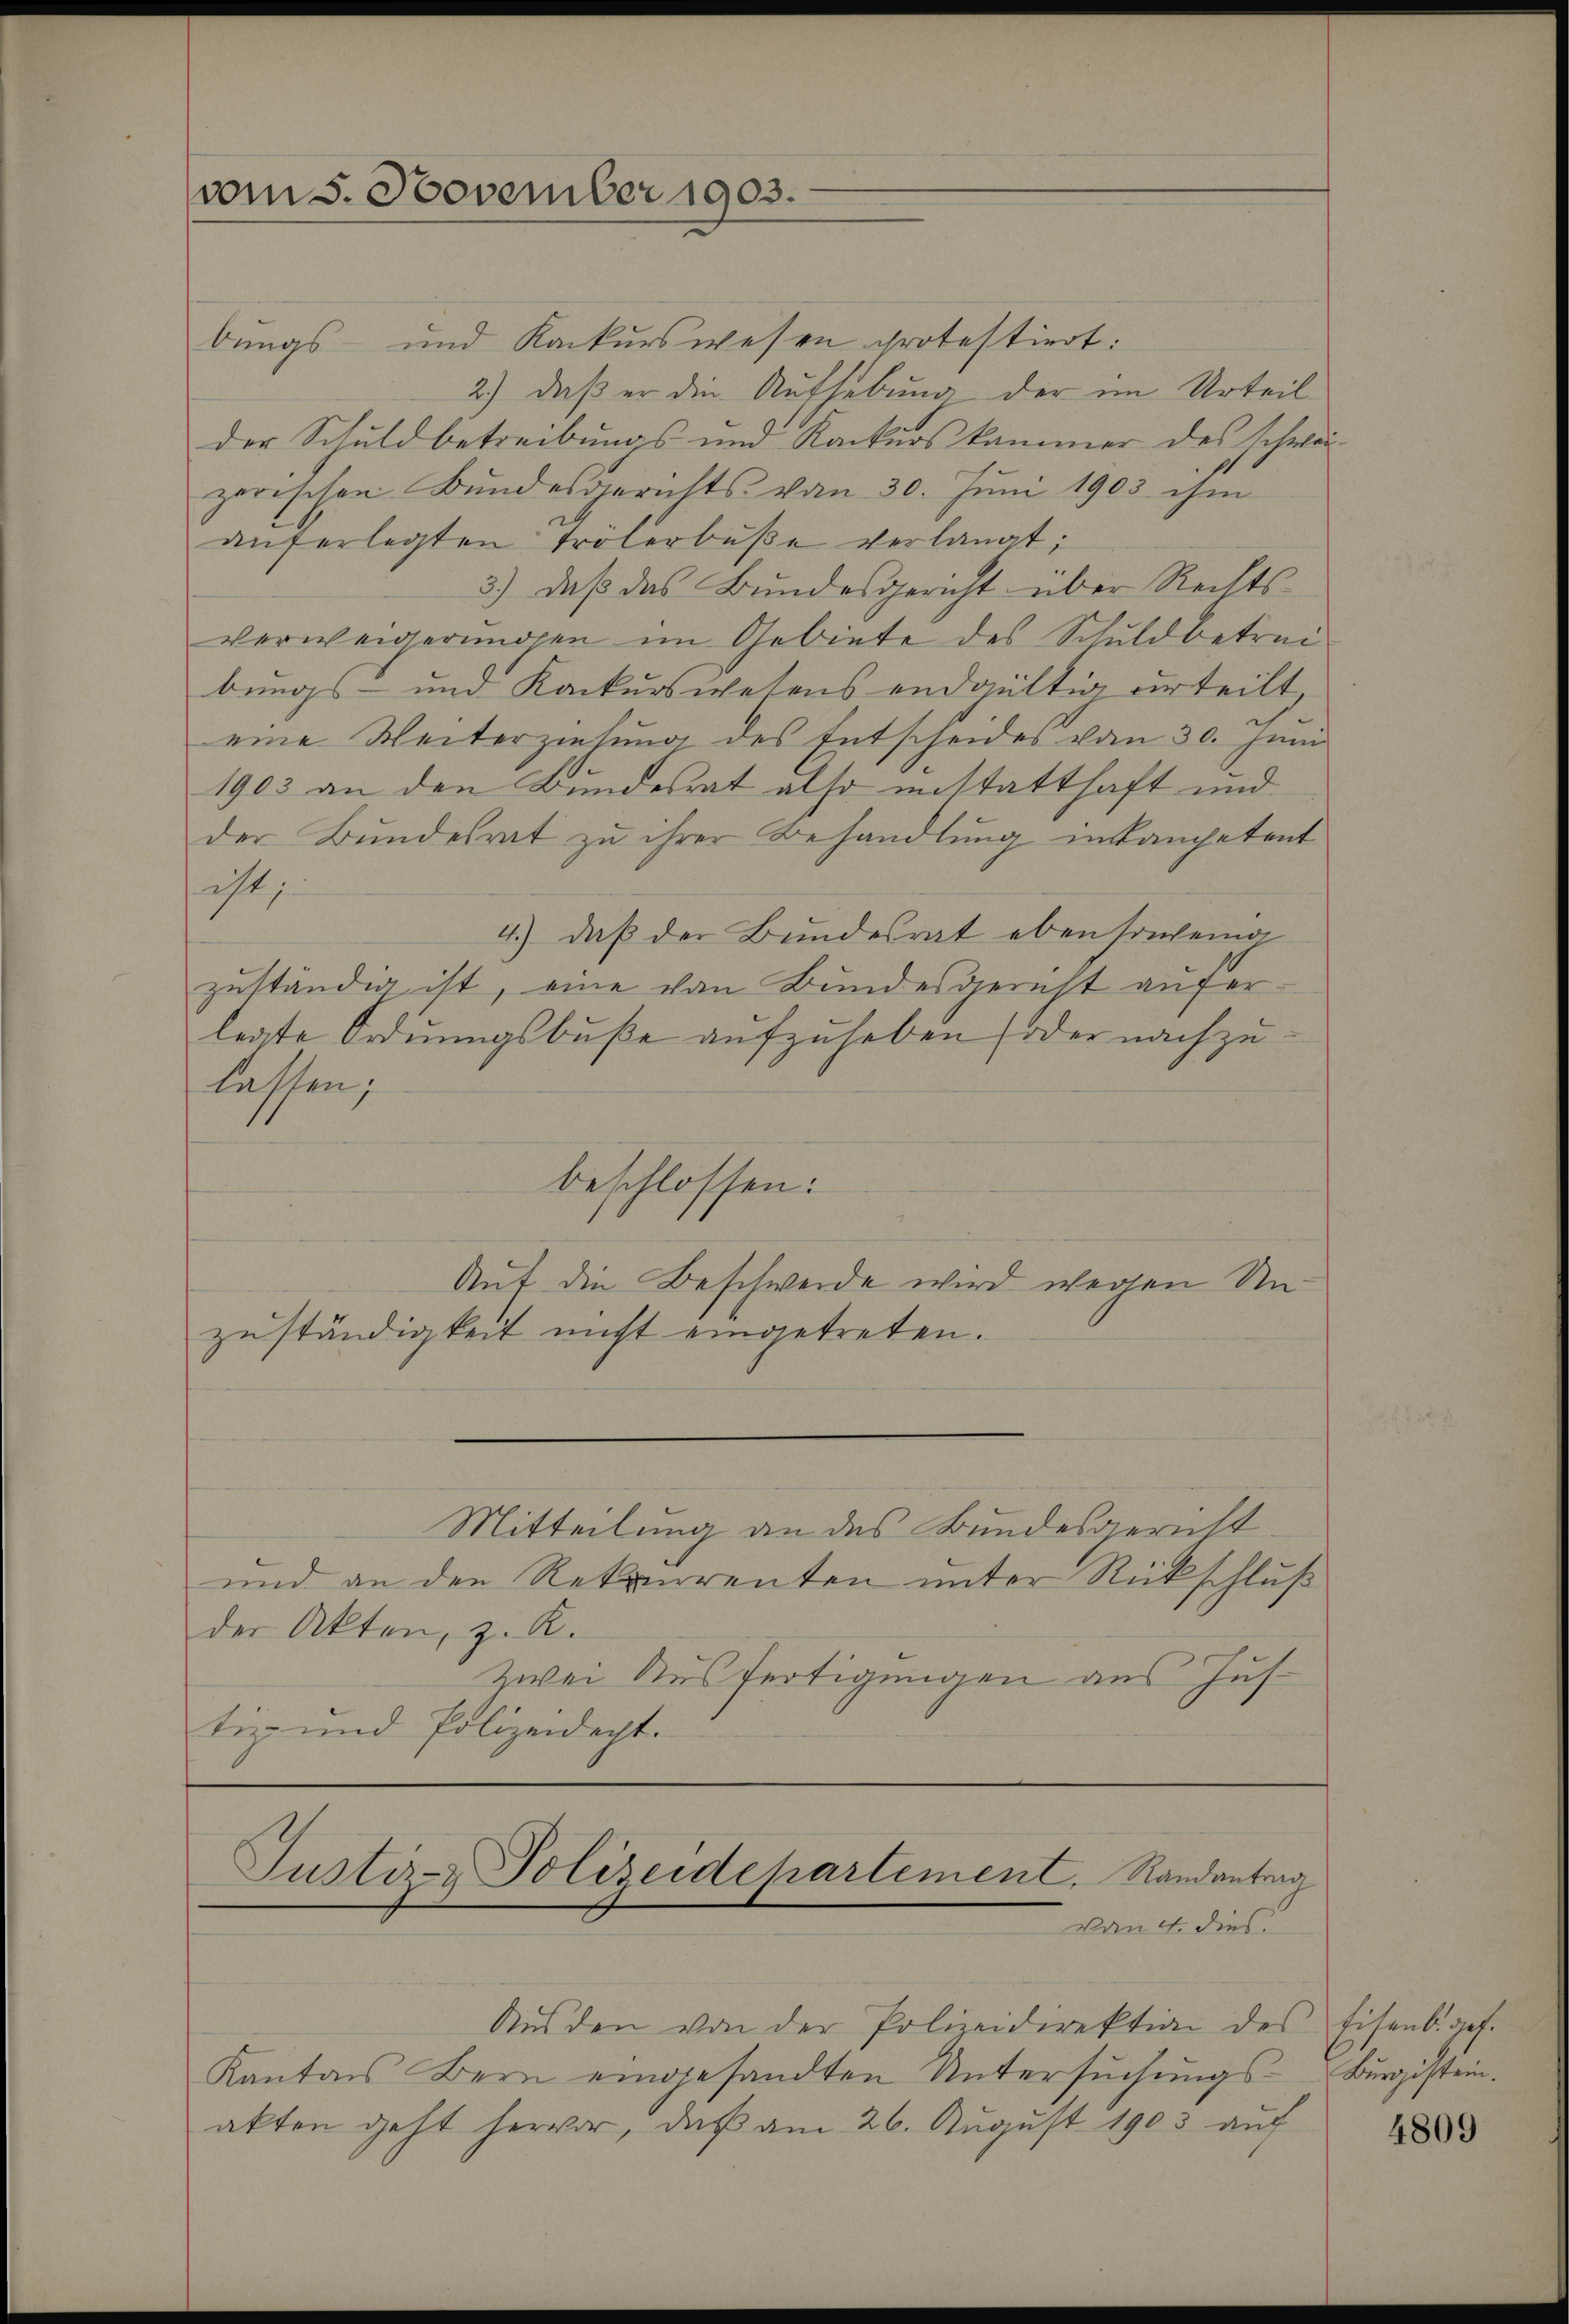
vom 5. November 1903.

bungs- und Konkurswesen protestiert:
2.) daß er die Aufhebung der im Urteil
der Schuldbetreibungs und Kackurs kammer des schweizerischen Bundesgerichts vom 30. Juni 1903 ihm
aŭferlegten Trölerbŭβe verlangt;
3.) Daß das Bundesgericht über Rechts-
verweigerungen im Gebiete des Schuldbetrei-
bungs- und Konkurswesens endgültig urteilt
eine Weiterziehung des Entscheides vom 30. Juni
1903 an den Bundesrat also enstatthaft und
der Bundesrat zu ihrer Behandlung inkompetent
ist,
4.) daß der Bundesrat ebensowenig
zuständig ist, eine von Bundesgericht auferlegte Ordnungsbuße aufzuheben (oder nachzulassen;
beschlossen:
Auf die Beschwerde wird wegen Unzŭständigkeit nicht eingetreten.

Mitteilung an des Bundesgericht
und an den Rekurrenten unter Rückschluß
der Akten, z. R.
zwei Ausfertigungen aus Jus
tiz- und Polizeidacht.

Aŭsden von der Polizeidirektion des Eisenb. ges.
Kanton Bern eingesandten Untersŭchŭngs-
akten geht hervor, daß am 26. August 1903 auf

Justiz- Polizeidehartement. Randantrag
von 4. dies

Buristein.

4809